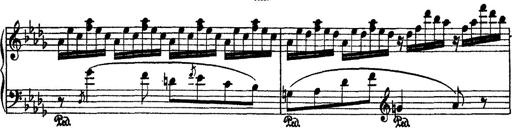
Title: 2 KonzertetÃ¼den
Composer: Franz Liszt